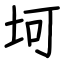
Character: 坷